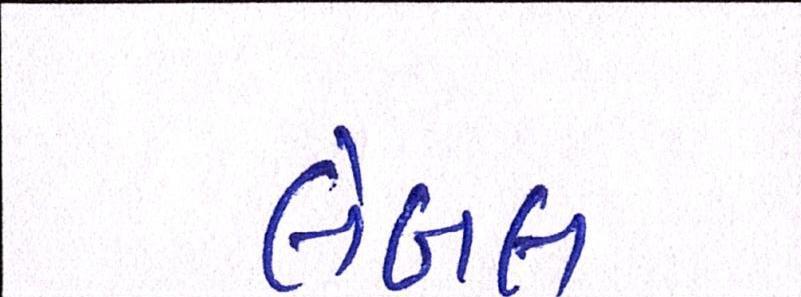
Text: લેબલ